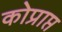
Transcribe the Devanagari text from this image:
कोप्राप्त